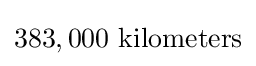
383,000{\text{ kilometers}}